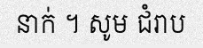
នាក់ ។ សូម ជំរាប